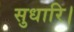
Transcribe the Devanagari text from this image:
सुधारि।